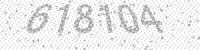
Solution: 618104